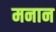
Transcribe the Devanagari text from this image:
मनान